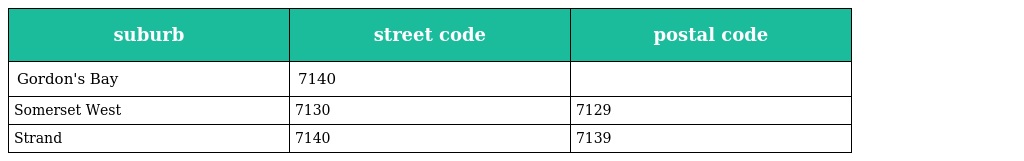
| suburb | street code | postal code |
 | --- | --- | --- |
 | Gordon's Bay | 7140 |  |
 | Somerset West | 7130 | 7129 |
 | Strand | 7140 | 7139 |